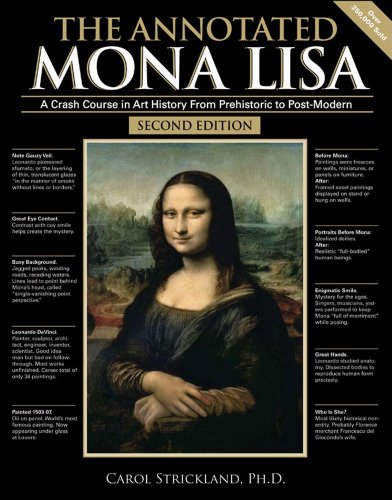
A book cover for The Annotated Mona Lisa: A Crash Course in Art History from Prehistoric to Post-Modern; Carol Strickland; Arts & Photography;